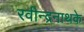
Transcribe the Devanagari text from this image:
रवीन्द्रनाथके